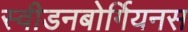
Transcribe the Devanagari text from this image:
स्वीडनबोर्गियनस